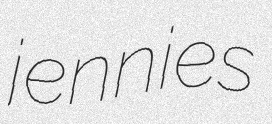
jennies